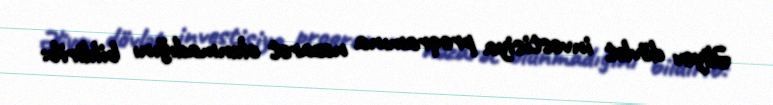
Əliyev dövlət investisiya proqramına nəzarət olunmadığını bildirib: